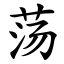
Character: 荡